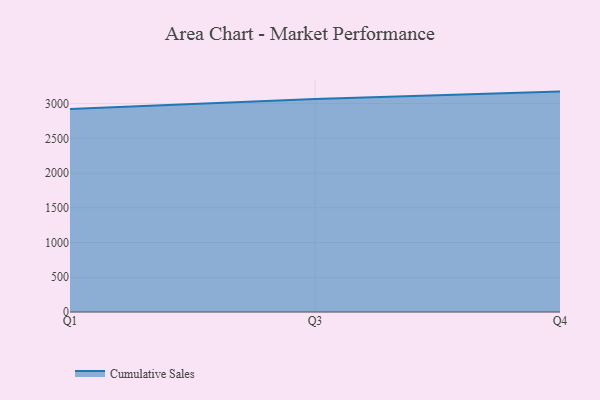
{"axis": {"x": "Quarter", "y": "Inventory Turnover"}, "legend": ["Cumulative Sales"], "data": [{"x": "Q1", "y": 2923.0, "type": "Cumulative Sales"}, {"x": "Q3", "y": 3066.7, "type": "Cumulative Sales"}, {"x": "Q4", "y": 3172.8, "type": "Cumulative Sales"}]}